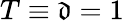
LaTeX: T\equiv\mathfrak{d}=1